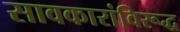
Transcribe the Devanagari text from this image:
सावकारांविरूद्ध